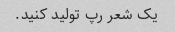
یک شعر رپ تولید کنید.